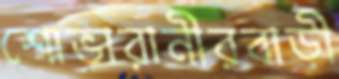
শোভারানীরবাড়ী